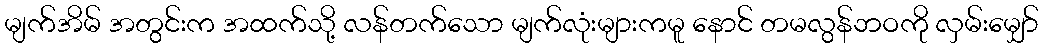
မျက်အိမ် အတွင်းက အထက်သို့ လန်တက်သော မျက်လုံးများကမူ နောင် တမလွန်ဘဝကို လှမ်းမျှော်